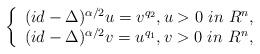
LaTeX: \begin{align*} \left \{ \begin{array}{l} (id-\Delta)^{\alpha/2}u=v^{q_2}, u>0~in~R^n,\\ (id-\Delta)^{\alpha/2}v=u^{q_1}, v>0~in~R^n, \end{array} \right.\end{align*}